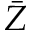
\bar { Z }